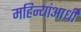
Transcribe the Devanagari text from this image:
महिन्यांआधी